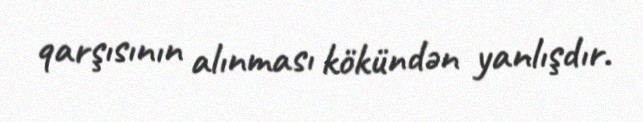
qarşısının alınması kökündən yanlışdır.